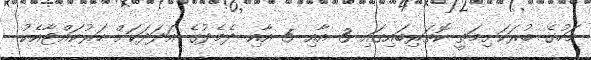
މަހުގެ ބުރަކަށިމަތީ ކޮތަރިބައިގައި 3 އާއި 5 އާއި ދެމެދުގެ އަދަދަކަށް ހަރުކައްޓާއެކު